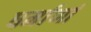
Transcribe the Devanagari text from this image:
धर्माणां